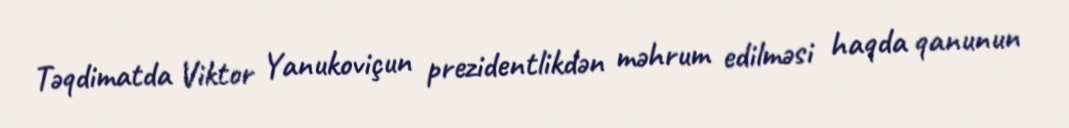
Təqdimatda Viktor Yanukoviçun prezidentlikdən məhrum edilməsi haqda qanunun